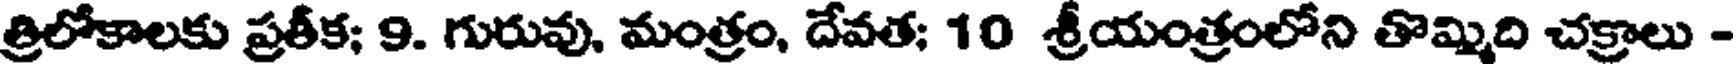
త్రిలోకాలకు ప్రతీక; 9. గురువు, మంత్రం, దేవత; 10 శ్రీయంత్రంలోని తొమ్మిది చక్రాలు -